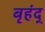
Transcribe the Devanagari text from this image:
बृहंद्